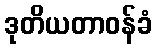
ဒုတိယတာဝန်ခံ